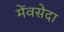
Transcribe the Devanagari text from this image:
मेंवसेदा